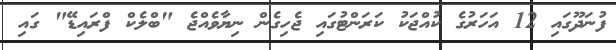
ފުނަދޫގައި 12 އަހަރުގެ ކުއްޖަކު ކަރަންޓުގައި ޖެހިގެން ނިޔާވެއްޖެ "ބްލެކް ފްރައިޑޭ" ގައި